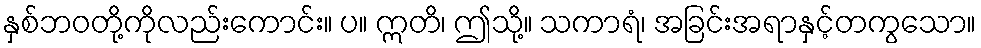
နှစ်ဘဝတို့ကိုလည်းကောင်း။ ပ။ ဣတိ၊ ဤသို့။ သကာရံ၊ အခြင်းအရာနှင့်တကွသော။